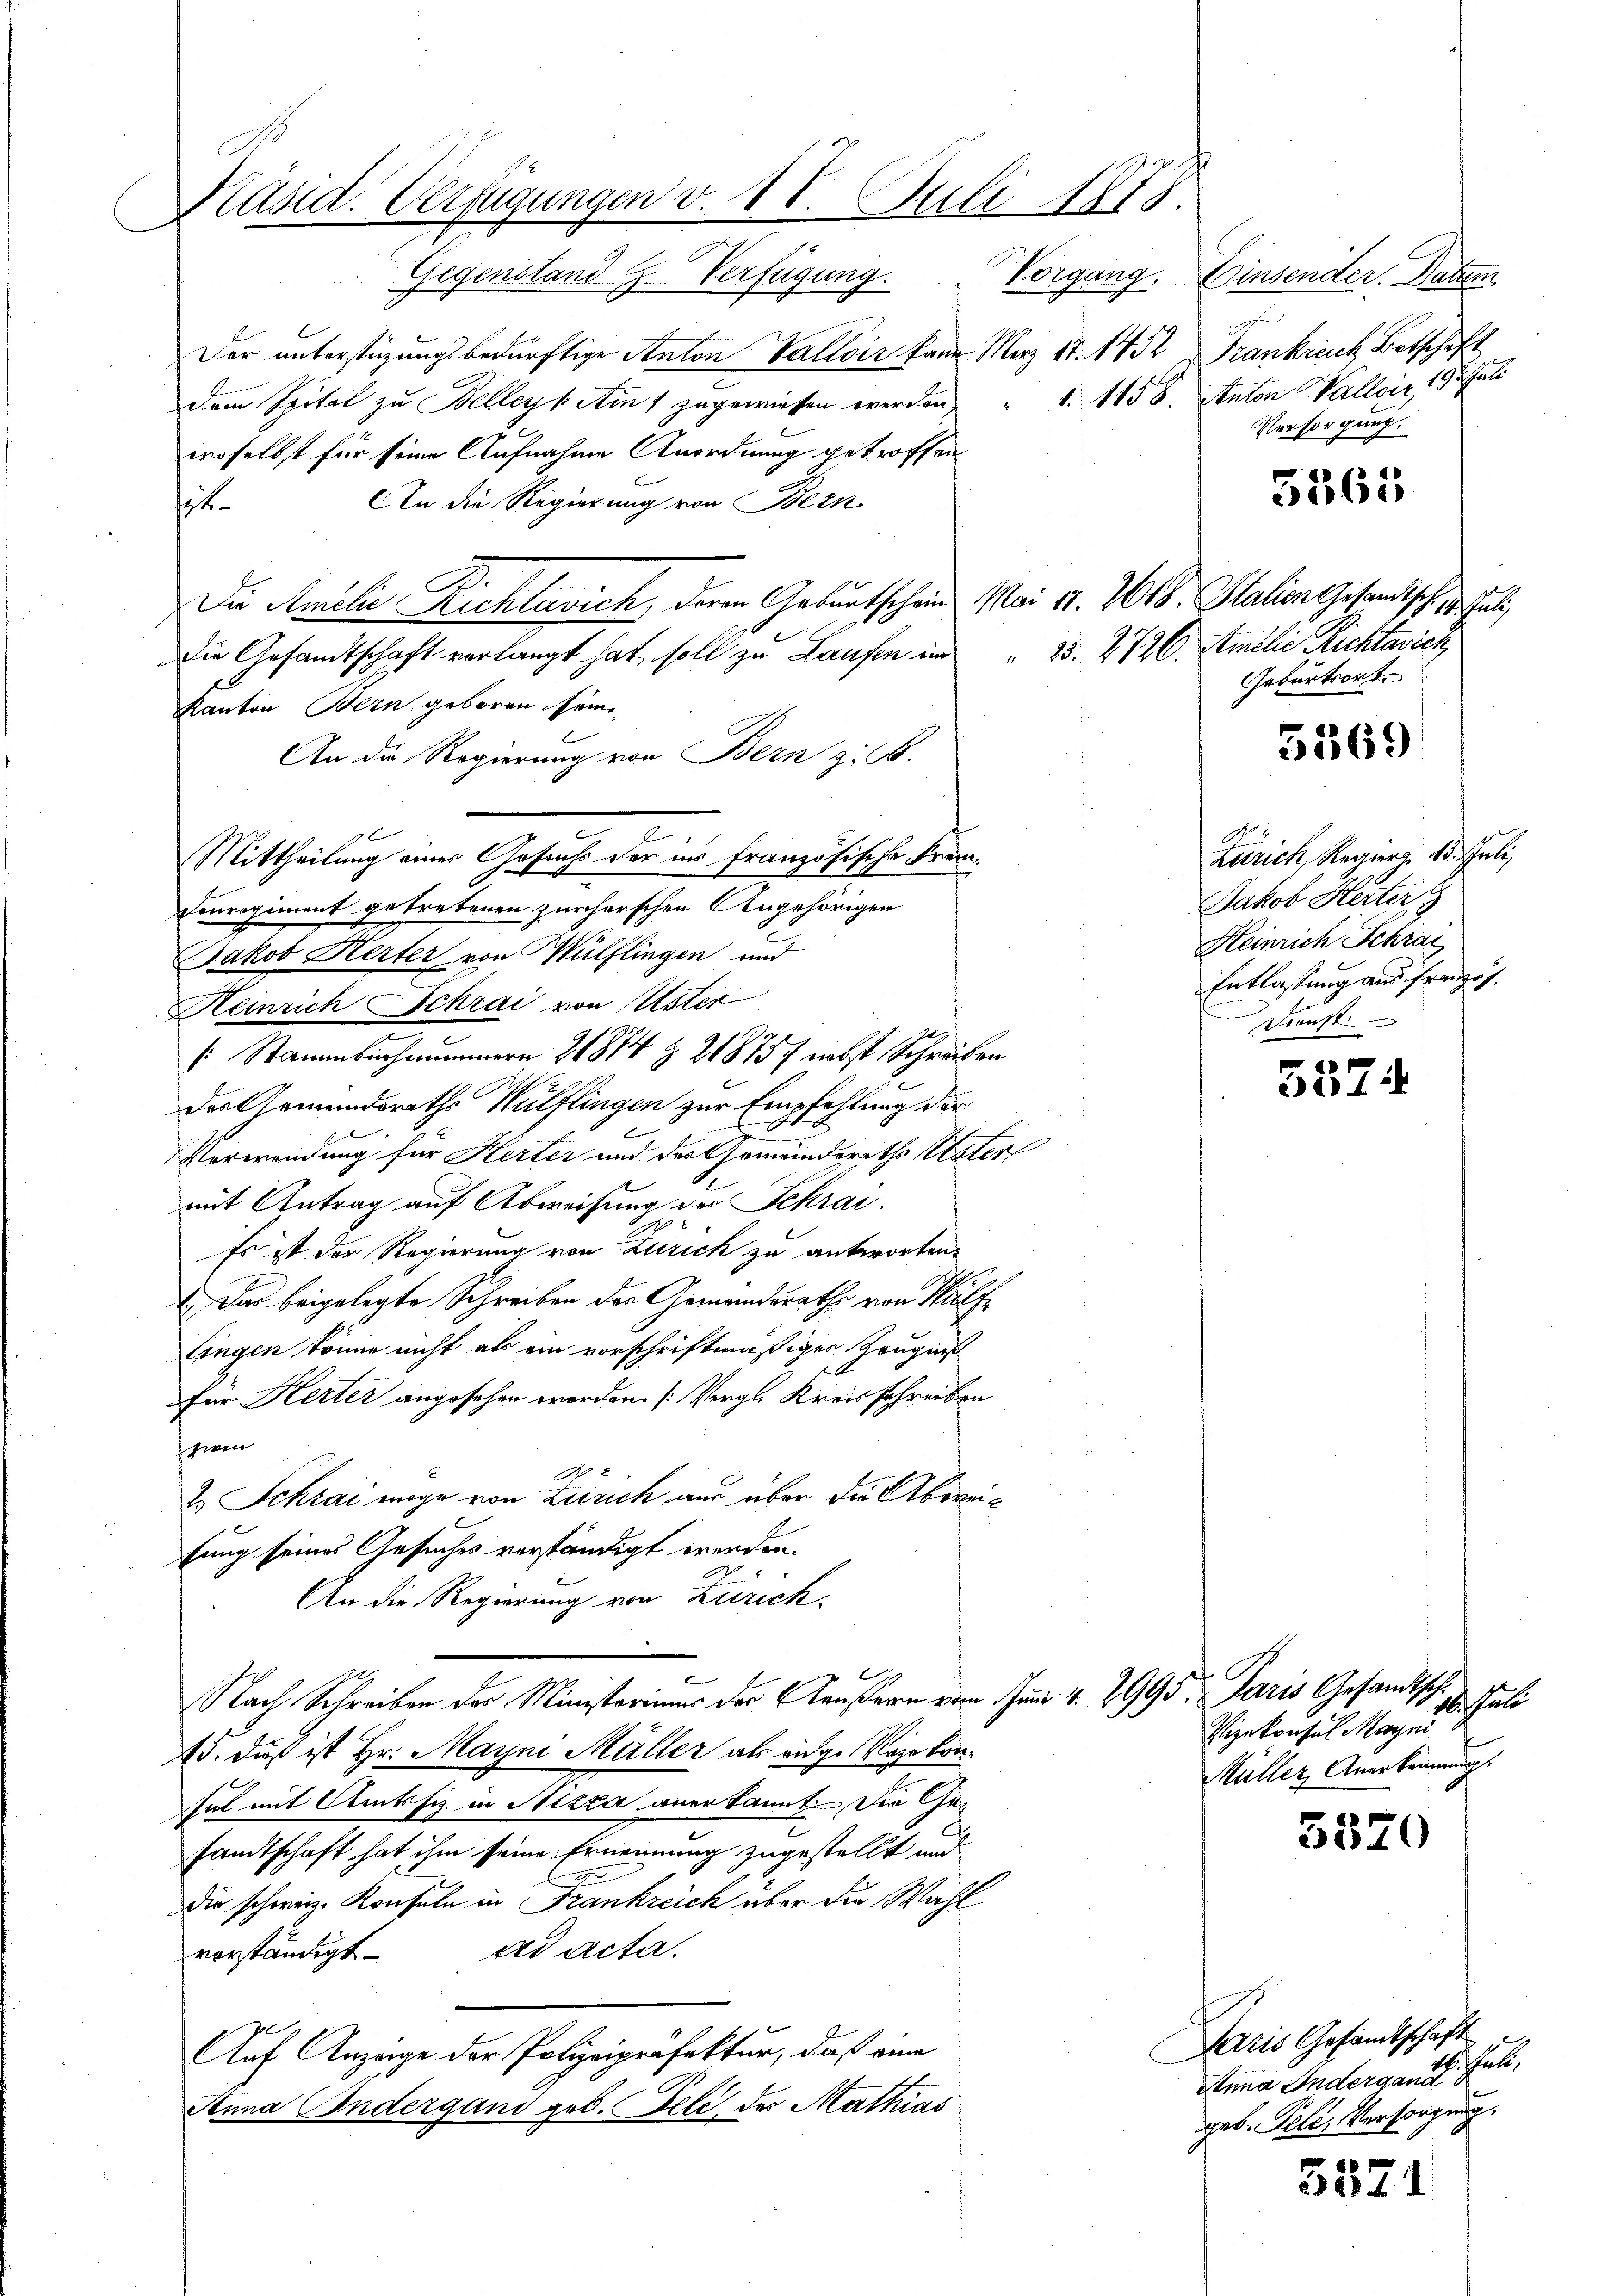
Präsid. Verfügungen v. 18. Juli 1873.

Gegenstand H. Verfügung. Vorgang.
Der unterstüzungsbedürftige Anton Valloir kann Merz 17. 1432 Frankreich Botschaft
dem Spital zu Bellers Ain 1 zugewiesen werden,
woselbst für seine Aufnahme Anordnung getroffen
An die Regierung von Bern
sit.
Die Amilie Richtavich, deren Geburtschein Mai d. 261. Stalien Gesandtsch, u. heuti
die Gesandtschaft verlangt hat, soll zu Laufen um 25. 2720. Amilie Richtavich,
Kanton Bern geboren seine
An die Regierung von Bern z. B.
Mittheilung einer Gesuchs der ins französische Frem¬
Conregiment getretenen zürcherschen Angehörigen
Jakob Kerter von Wülflingen und
Heinrich Schrai von Uster
o
n
(: Stammbachaummern 1874 § 21815 f nebst Schreiben
der Gemeindsraths Wülflingen zur Empfehlung der
Verwendung für Herter und der Gemeindsraths Mater
mit Antrag auf Abweisung der Schrai.
Es ist der Regierung von Zürich zu antworten.
1. Das beigelegte Schreiben des Gemeindsrathe von Hülfe
lingen könne nicht als ein vorschriftmäßiges Zeugnis
für Kerter angesehen werden. (Vergl. Kreisschreiben
schwen
A
2.) Schrai möge von Zürich aus über die Abweifung seines Gesuches verständigt werden.
An die Regierung von Zürich
A
Nach Schreiben der Ministerium der Aeußern vom Juni v. 2995. Paris Gesandtsch
15. daß ist Hr. Mayni Müller als eidg. Nase konsal mit Amtssiz in Nizza anerkannt. Die Gesandtschaft hat ihm seine Ernennung zugestellt und
Die schweiz. Konsuln in Frankreich über die Wahl
ad acta.
vorständigt.
Auf Anzeige der Polizeipräfektur, daß eine
Anna Endergand geb. Feli, der Mathias

Einsender. Datum
1. 1158. Anton Valloir 19 t Juli
Versorgung.

5365

Geburtsort.

5569

Zürich, Regurg. 13. Juli
Jakob Herter
Heinrich Schrei
Entlassung aus Französ.
Dienst

5374

ziehun
Vizekonsul Mayni
Müller, Anerkennung

5520

Paris Gesandtschaft
Anna Indergantz Juli,
geb. Tele, Versorgung.

557